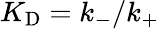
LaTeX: {K_{\mathrm{D}}}=k_{-}/k_{+}